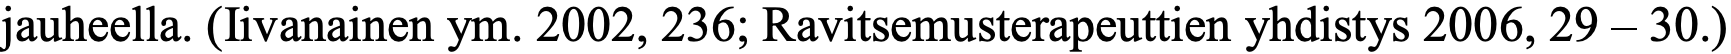
jauheella. (Iivanainen ym. 2002, 236; Ravitsemusterapeuttien yhdistys 2006, 29 – 30.)